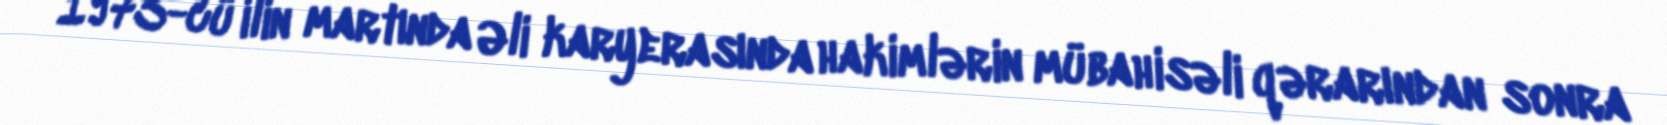
1973-cü ilin martında Əli karyerasında hakimlərin mübahisəli qərarından sonra